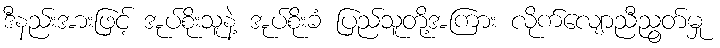
ဒီနည်းအားဖြင့် အုပ်စိုးသူနဲ့ အုပ်စိုးခံ ပြည်သူတို့အကြား လိုက်လျောညီညွတ်မှု